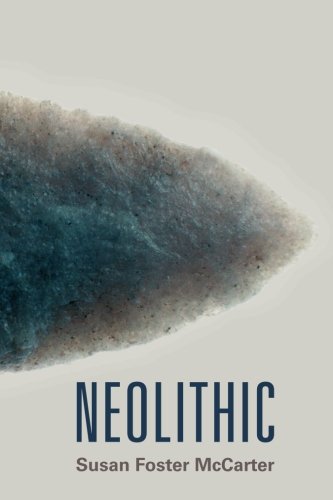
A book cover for Neolithic; Susan McCarter; History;